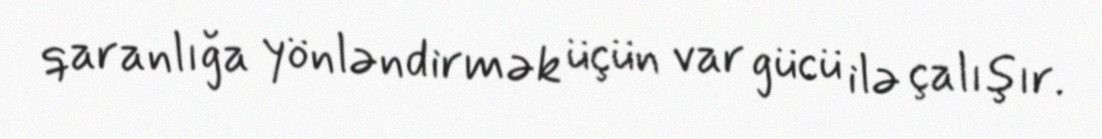
qaranlığa yönləndirmək üçün var gücü ilə çalışır.